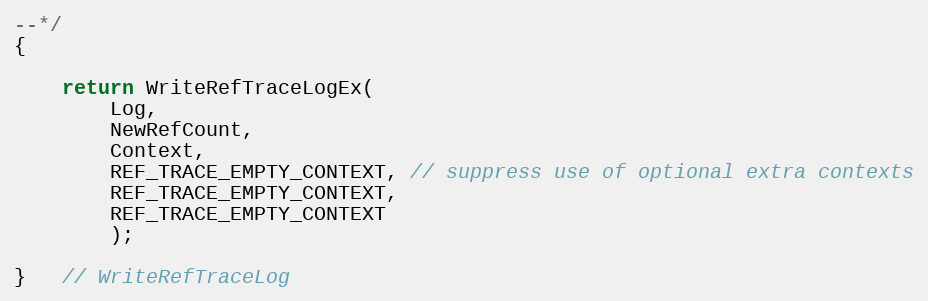
Language: C
--*/
{

    return WriteRefTraceLogEx(
        Log,
        NewRefCount,
        Context,
        REF_TRACE_EMPTY_CONTEXT, // suppress use of optional extra contexts
        REF_TRACE_EMPTY_CONTEXT,
        REF_TRACE_EMPTY_CONTEXT
        );

}   // WriteRefTraceLog